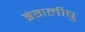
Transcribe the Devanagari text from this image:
इंगलीषु